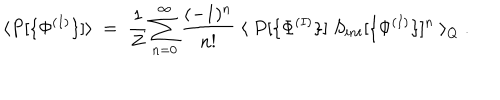
LaTeX: \langle P [ \{ \Phi ^ { ( I ) } \} ] \rangle \; = \; \frac { 1 } { Z } \sum _ { n = 0 } ^ { \infty } \frac { ( - 1 ) ^ { n } } { n ! } \; \langle \; P [ \{ \Phi ^ { ( I ) } \} ] \; S _ { i n t } [ \{ \Phi ^ { ( I ) } \} ] ^ { n } \; \rangle _ { Q } \; .